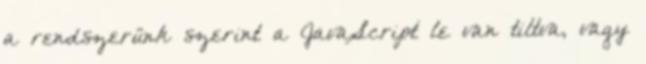
a rendszerünk szerint a JavaScript le van tiltva, vagy